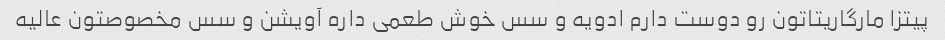
پیتزا مارگاریتاتون رو دوست دارم ادویه و سس خوش طعمی داره آویشن و سس مخصوصتون عالیه